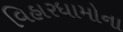
વિહારધામોના